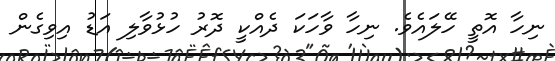
ނިހާ އޮތީ ހޭލައެވެ. ނިހާ ވާހަކަ ދެއްކީ ދޮރު ހުޅުވާލި އަޑު އިވިގެން